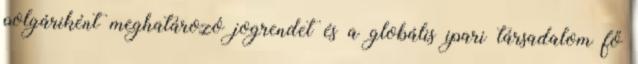
polgáriként meghatározó jogrendet és a globális ipari társadalom fő